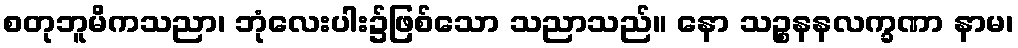
စတုဘူမိကသညာ၊ ဘုံလေးပါး၌ဖြစ်သော သညာသည်။ နော သဉ္စနနလက္ခဏာ နာမ၊